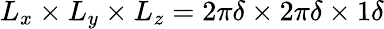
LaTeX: L_{x}\times L_{y}\times L_{z}=2\pi\delta\times 2\pi\delta\times 1\delta